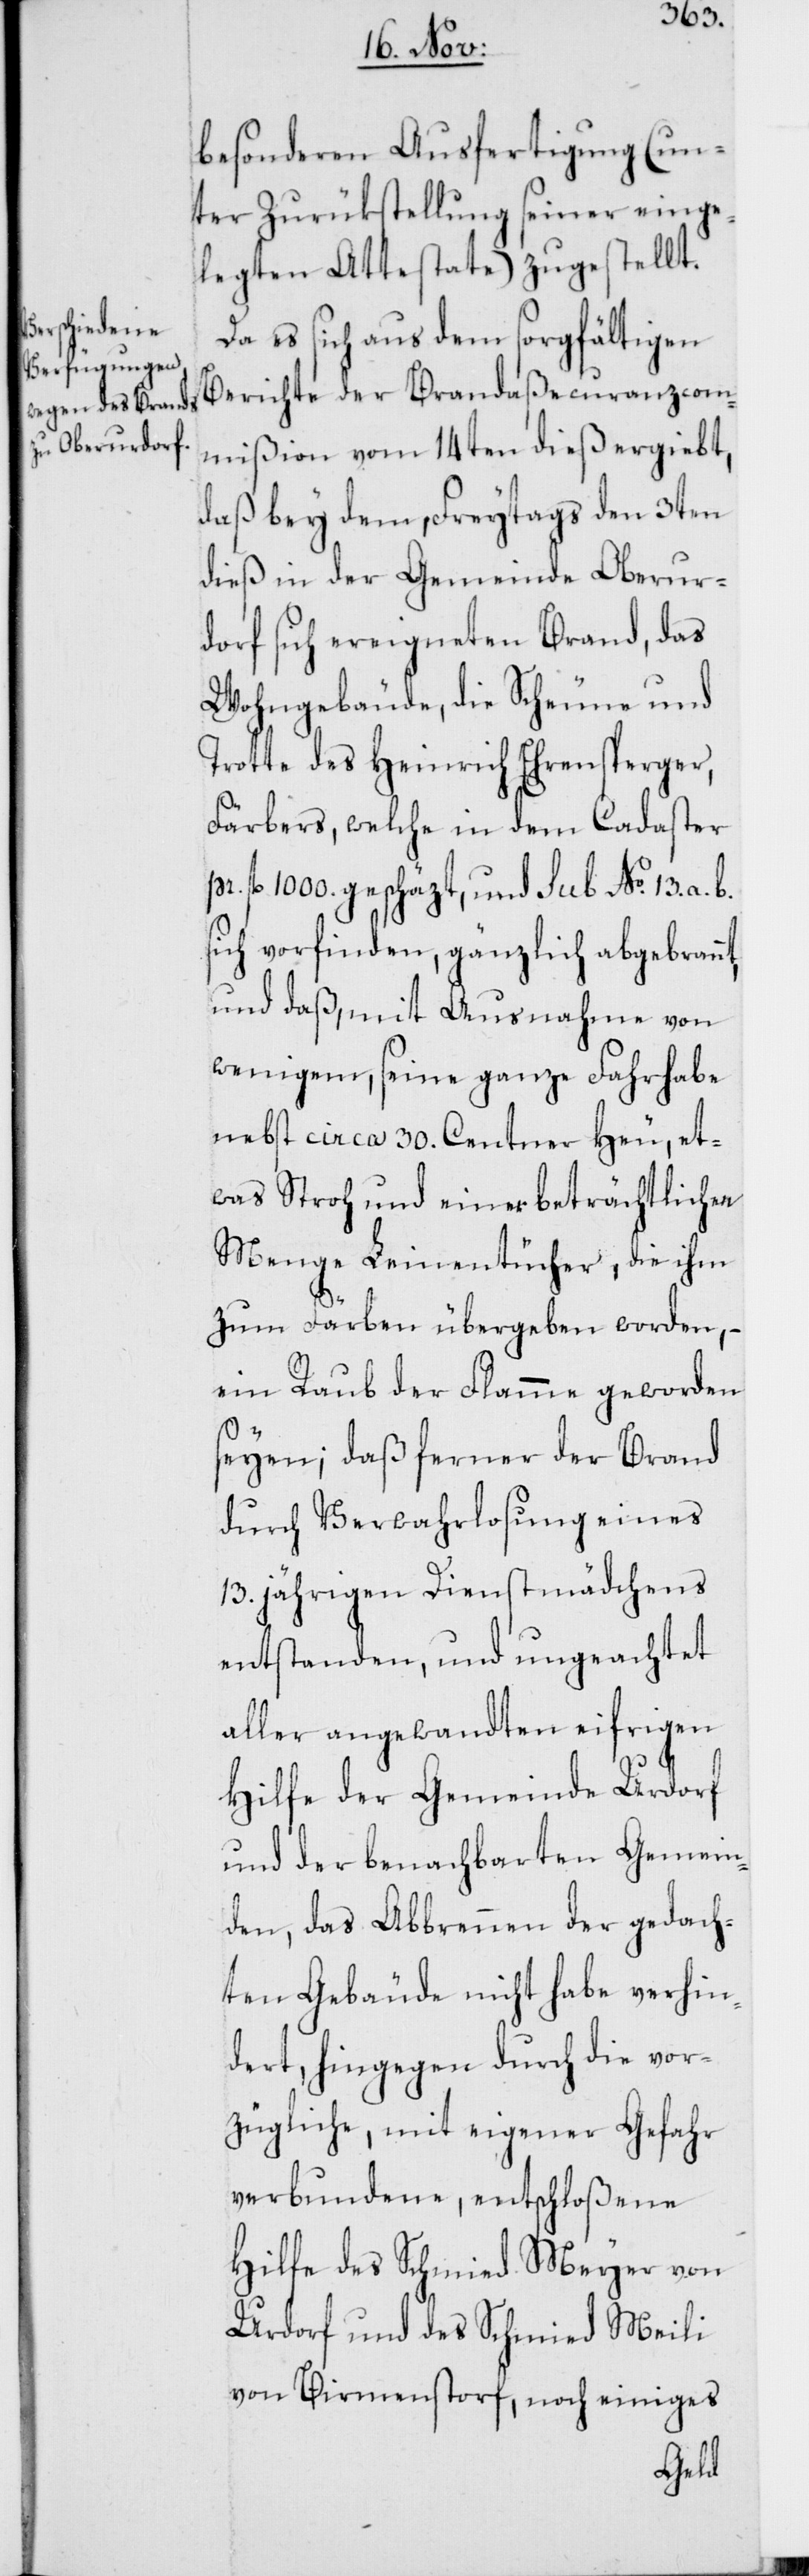
besonderen Ausfertigung (un¬
ter Zurükstellung seiner einge¬
legten Attestate) zugestellt.
Da es sich aus dem sorgfältigen
Berichte der Brandaßecuranzcom¬
mißion vom 14ten dieß ergiebt,
daß bey dem, Freytags den 3ten
dieß in der Gemeinde Oberur¬
dorf sich ereigneten Brand, das
Wohngebäude, die Scheune und
Trotte des Heinrich Ehrensperger,
Färbers, welche in dem Cadaster
fl. 1000. geschäzt, und sub No. 13. a.
sich vorfinden, gänzlich abgebrannt
und daß, mit Ausnahme von
wenigem, seine ganze Fahrhabe
nebst circa 30. Centner Heu, et¬
was Stroh und einer beträchtlichen
Menge Leinentücher, die ihm
zum Färben übergeben worden, –
ein Raub der Flamme geworden
seyen, daß ferner der Brand
durch Verwahrlosung eines
13. jährigen Dienstmädchens
entstanden, und ungeachtet
aller angewandten eifrigen
Hilfe der Gemeinde Urdorf
und der benachbarten Gemein¬
den, das Abbrennen der gedach¬
ten Gebäude nicht habe verhin¬
dert, hingegen durch die vor¬
zügliche, mit eigener Gefahr
verbundene, entschloßene
Hilfe des Schmied Meyer von
Urdorf und des Schmied Meili
von Birmenstorf, noch einiges